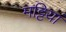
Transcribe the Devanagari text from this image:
मट्टियां